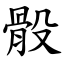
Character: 骰